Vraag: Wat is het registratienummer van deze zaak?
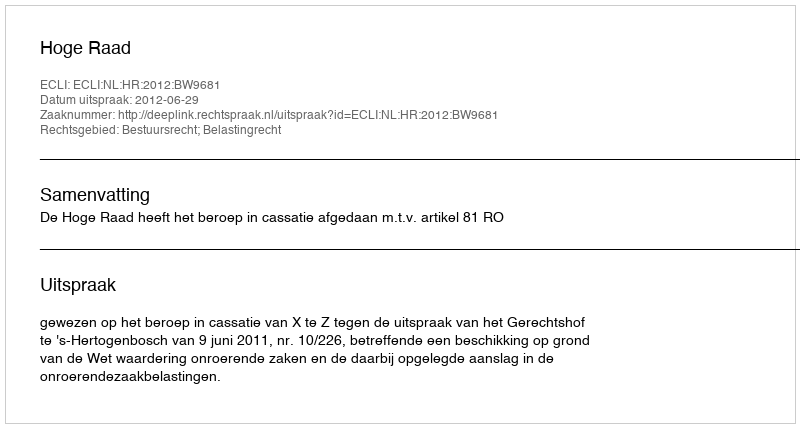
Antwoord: http://deeplink.rechtspraak.nl/uitspraak?id=ECLI:NL:HR:2012:BW9681